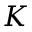
K